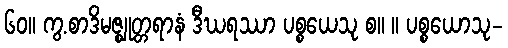
၆၀။ ကွ.စာဒိမဇ္ဈုတ္တရာနံ ဒီဃရဿာ ပစ္စယေသု စ။ ။ ပစ္စယောသု-